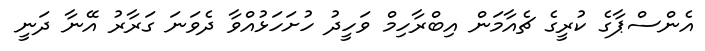
އެންސްޕާގެ ކުރީގެ ޗެއާމަން އިބްރާހިމް ވަހީދު ހުށަހަޅުއްވާ ދެވަނަ ގަރާރު އޭނާ ދަނީ